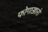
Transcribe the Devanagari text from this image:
फोगाज्जारो